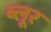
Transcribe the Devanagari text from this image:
ब्लूर